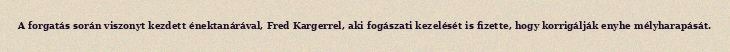
A forgatás során viszonyt kezdett énektanárával, Fred Kargerrel, aki fogászati kezelését is fizette, hogy korrigálják enyhe mélyharapását.